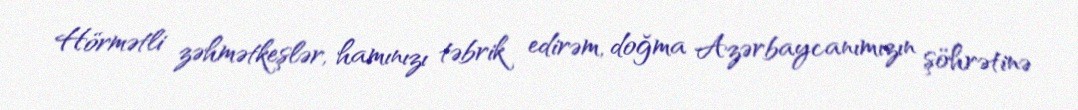
Hörmətli zəhmətkeşlər, hamınızı təbrik edirəm, doğma Azərbaycanımızın şöhrətinə